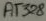
Text: AT328